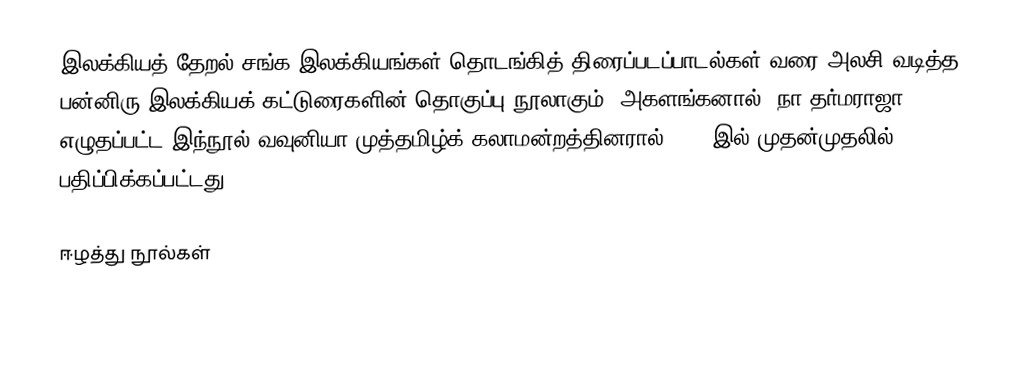
இலக்கியத் தேறல் சங்க இலக்கியங்கள் தொடங்கித் திரைப்படப்பாடல்கள் வரை அலசி வடித்த பன்னிரு இலக்கியக் கட்டுரைகளின் தொகுப்பு நூலாகும். அகளங்கனால் (நா.தர்மராஜா) எழுதப்பட்ட இந்நூல் வவுனியா முத்தமிழ்க் கலாமன்றத்தினரால் 1988 இல் முதன்முதலில் பதிப்பிக்கப்பட்டது.

ஈழத்து நூல்கள்